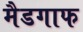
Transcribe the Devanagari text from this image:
मैडगाफ